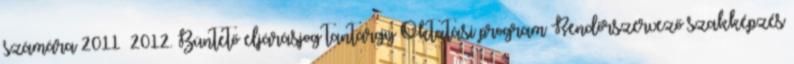
számára 2011 2012. Büntető eljárásjog tantárgy Oktatási program Rendőrszervező szakképzés